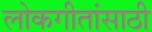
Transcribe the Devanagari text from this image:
लोकगीतांसाठी